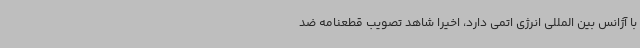
با آژانس بین المللی انرژی اتمی دارد، اخیرا شاهد تصویب قطعنامه ضد